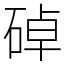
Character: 䂽